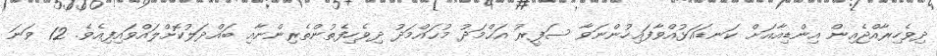
ދިވެހިރާއްޖެއިން އިންޑިއާއަށް ކަނޑައަޅުއްވާފައިހުންނަވާ ސަފީރު އަޙްމަދު މުޙައްމަދު ދިވެހިފެތުންތެރިންނާއި ބައްދަލުކޮށްލައްވައިފިއެވެ. 12 ވަނަ